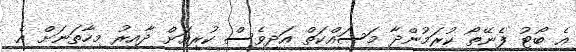
އެ ބޯޓު ފެނޭތޯ ކުރަމުންދާ މަސައްކަތް އަދިވެސް ކުރިއަށް ދާއިރު މިހާތަނަށް އެ